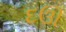
દઊ